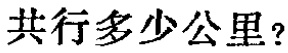
共行多少公里？